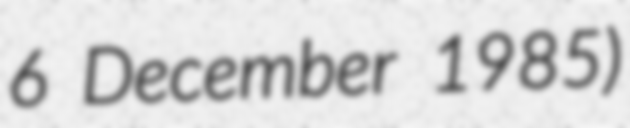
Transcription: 6 December 1985)